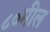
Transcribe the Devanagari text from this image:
८०मील